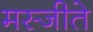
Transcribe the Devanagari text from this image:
मस्जीते